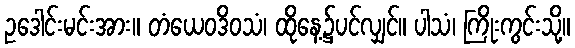
ဥဒေါင်းမင်းအား။ တံယေဝဒိဝသံ၊ ထိုနေ့၌ပင်လျှင်။ ပါသံ၊ ကြိုးကွင်းသို့။